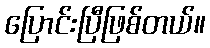
ပြောင်းပြီဖြစ်တယ်။